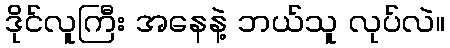
ဒိုင်လူကြီး အနေနဲ့ ဘယ်သူ လုပ်လဲ။